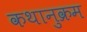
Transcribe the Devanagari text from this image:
कथानुक्रम